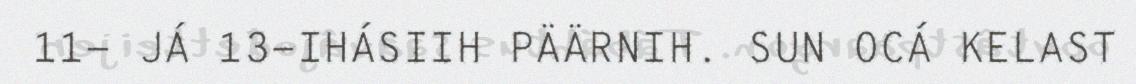
11- JÁ 13-IHÁSIIH PÄÄRNIH. SUN OCÁ KELAST